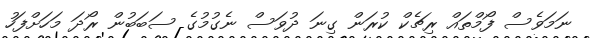
ނަމަވެސް ފޯމްތައް ރިޗެކް ކުރަން ގިނަ ދުވަސް ނެގުމުގެ ސަބަބުން ރޯދަ މަހަށްފަހު